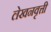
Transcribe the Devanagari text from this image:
लेखनवृत्ती